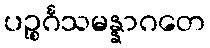
ပဉ္စင်္ဂသမန္နာဂတေ